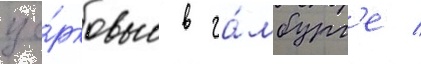
це́рковью в га́мбург'е /